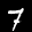
Label: 7